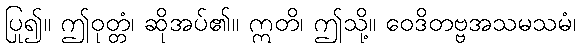
ပြု၍။ ဤဝုတ္တံ၊ ဆိုအပ်၏။ ဣတိ၊ ဤသို့။ ဝေဒိတဗ္ဗအသမသမံ၊